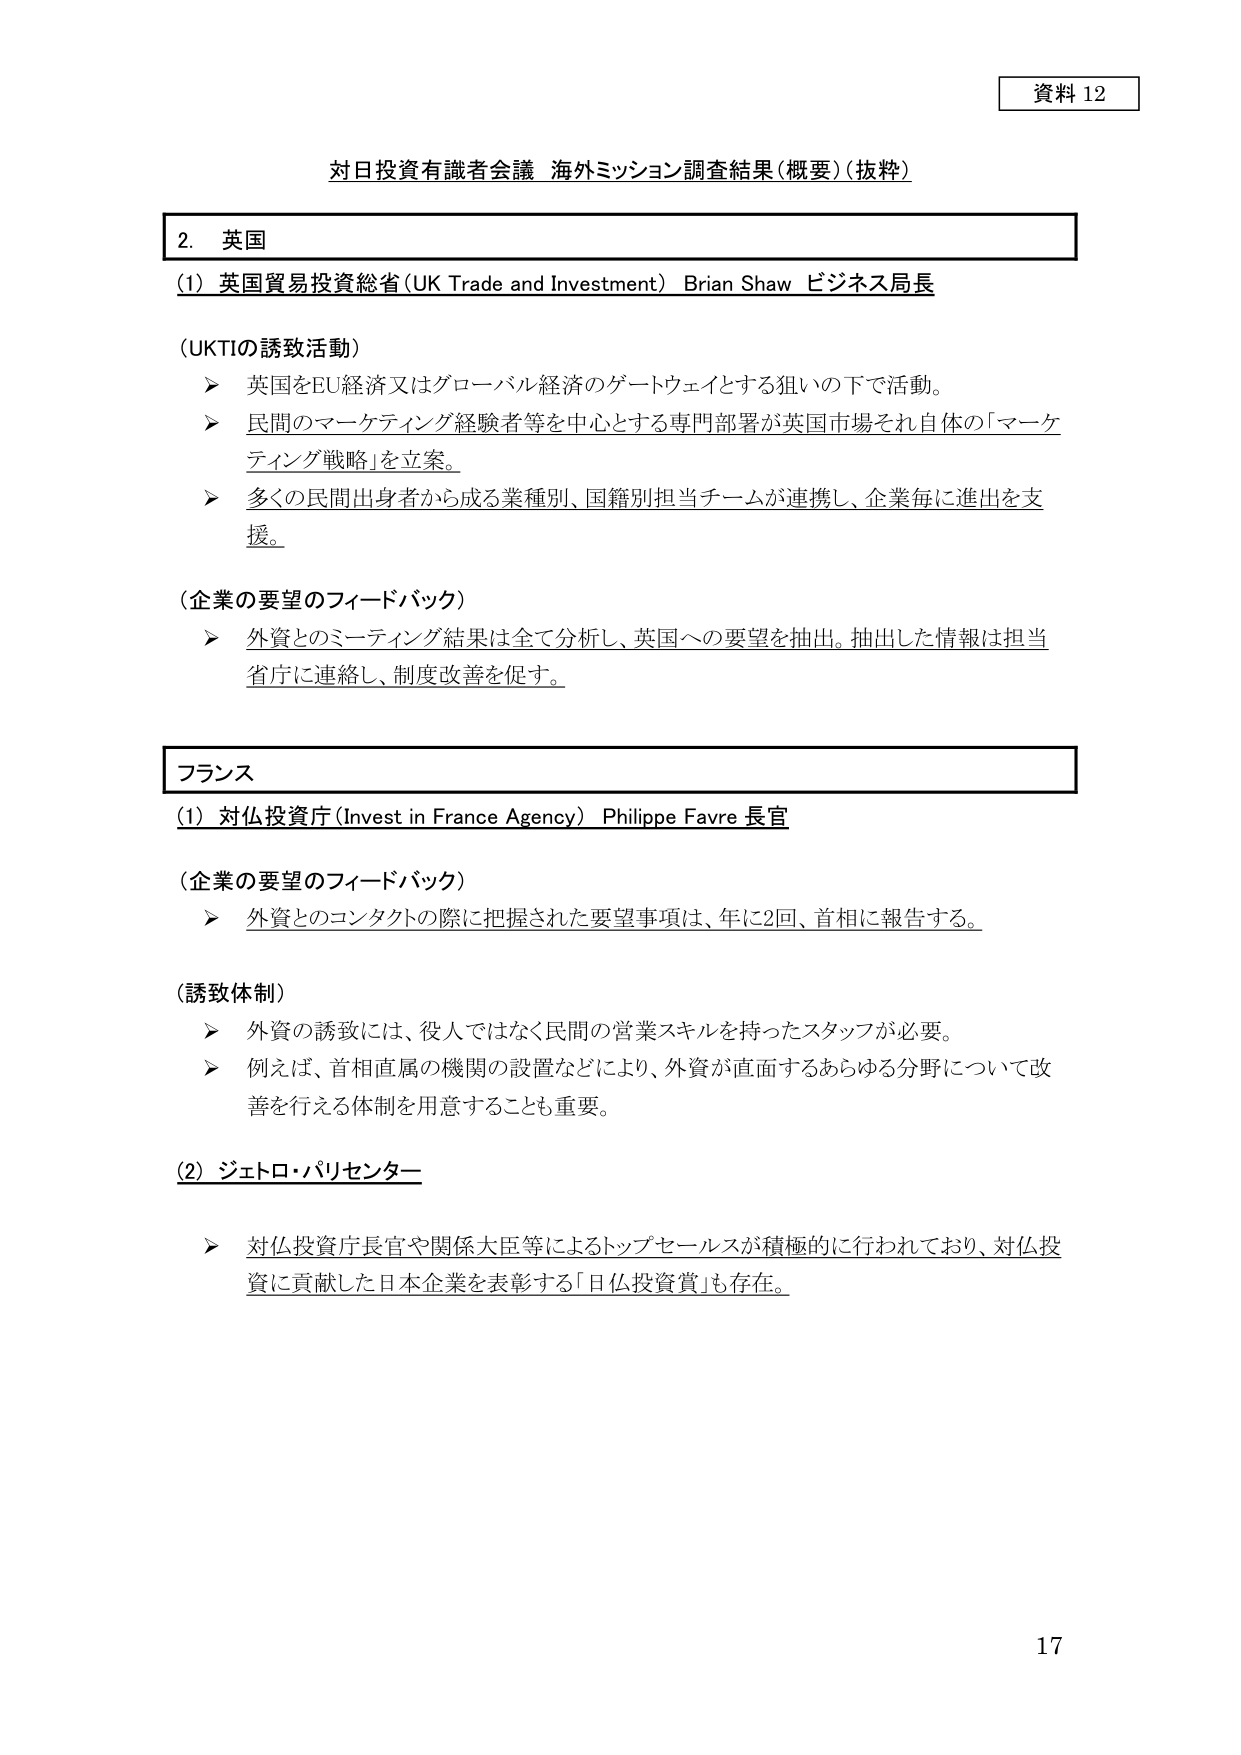
資料 12

対日投資有識者会議 海外ミッション調査結果（概要）（抜粋）

2. 英国

（1）英国貿易投資総省（UK Trade and Investment） Brian Shaw ビジネス局長

（UKTIの誘致活動）
➤ 英国をEU経済又はグローバル経済のゲートウェイとする狙いの下で活動。
➤ 民間のマーケティング経験者等を中心とする専門部署が英国市場それ自体の「マーケティング戦略」を立案。
➤ 多くの民間出身者から成る業種別、国籍別担当チームが連携し、企業毎に進出を支援。

（企業の要望のフィードバック）
➤ 外資とのミーティング結果は全て分析し、英国への要望を抽出。抽出した情報は担当省庁に連絡し、制度改善を促す。

フランス

（1）対仏投資庁（Invest in France Agency） Philippe Favre 長官

（企業の要望のフィードバック）
➤ 外資とのコンタクトの際に把握された要望事項は、年に2回、首相に報告する。

（誘致体制）
➤ 外資の誘致には、役人ではなく民間の営業スキルを持ったスタッフが必要。
➤ 例えば、首相直属の機関の設置などにより、外資が直面するあらゆる分野について改善を行える体制を用意することも重要。

（2）ジェトロ・パリセンター

➤ 対仏投資庁長官や関係大臣等によるトップセールスが積極的に行われており、対仏投資に貢献した日本企業を表彰する「日仏投資賞」も存在。

17